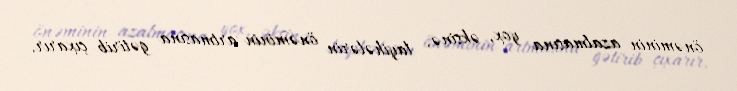
önəminin azalmasına yox, əksinə, layihələrin önəminin artmasına gətirib çıxarır.